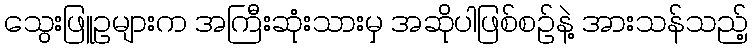
သွေးဖြူဥများက အကြီးဆုံးသားမှ အဆိုပါဖြစ်စဉ်နဲ့ အားသန်သည့်